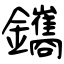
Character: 鑴